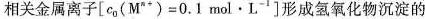
相关金属离子[c_{0}(M^{n+})=0.1mol·L^{-1}]形成氢氧化物沉淀